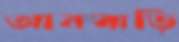
আনবাড়ি